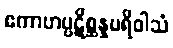
ဧကာဟပ္ပဋိစ္ဆန္နပရိဝါသံ